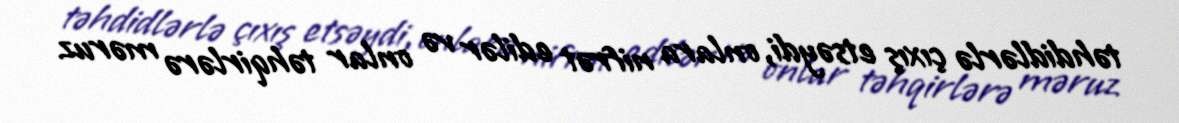
təhdidlərlə çıxış etsəydi, onlara nifrət edilər və onlar təhqirlərə məruz